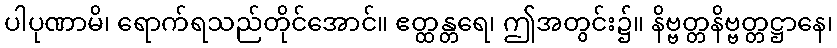
ပါပုဏာမိ၊ ရောက်ရသည်တိုင်အောင်။ ဧတ္ထန္တရေ၊ ဤအတွင်း၌။ နိဗ္ဗတ္တနိဗ္ဗတ္တဋ္ဌာနေ၊